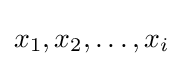
x_{1},x_{2},\ldots ,x_{i}